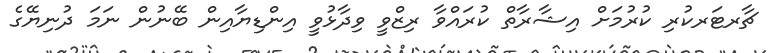
ޗާރޓަރކުރި ކުރުމަށް އިޝާރާތް ކުރައްވާ ރިޒްވީ ވިދާޅުވީ އިންޑިޔާއިން ބޭނުން ނަމަ ދުނިޔޭގެ